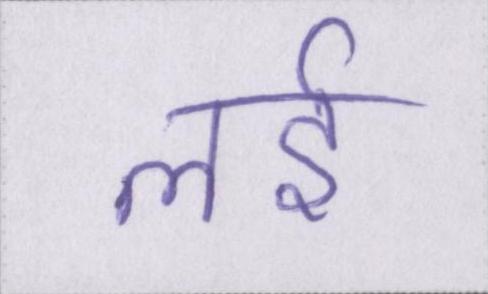
लई